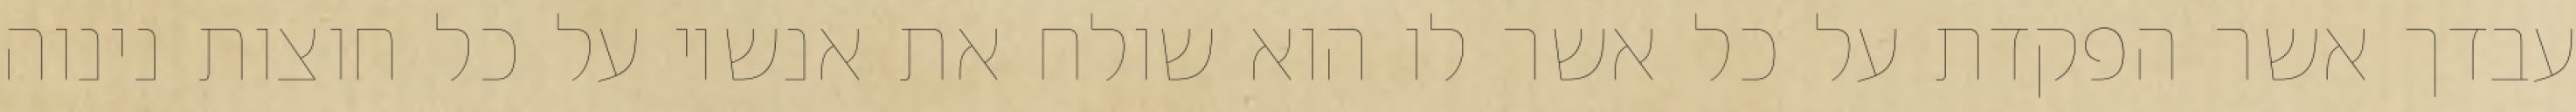
עבדך אשר הפקדת על כל אשר לו הוא שולח את אנשיו על כל חוצות נינוה